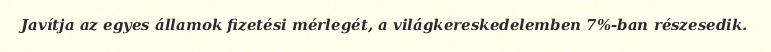
Javítja az egyes államok fizetési mérlegét, a világkereskedelemben 7%-ban részesedik.